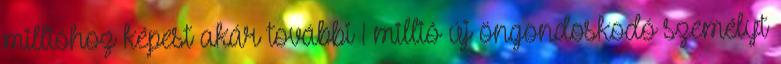
millióhoz képest akár további 1 millió új öngondoskodó személyt